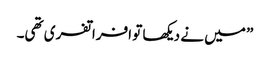
” میں نے دیکھا تو افراتفری تھی۔